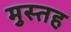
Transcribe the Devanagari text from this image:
मुस्तह